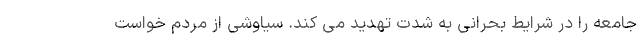
جامعه را در شرایط بحرانی به شدت تهدید می کند. سیاوشی از مردم خواست